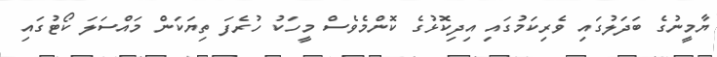
ޔާމީނުގެ ބަދަލުގައި ވެރިކަމުގައި އިދިކޮޅުގެ ކޮންމެވެސް މީހަކު ހުރެފަ ތިޔަކަން މައްސަލަ ކޯޓުގައި